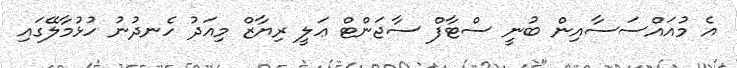
އެ މުއައްސަސާއިން ބުނީ ސްޓާފް ސާޖަންޓް ޢަލީ ރިޔާޒް މިއަދު ހެނދުނު ހުޅުމާލޭގައި